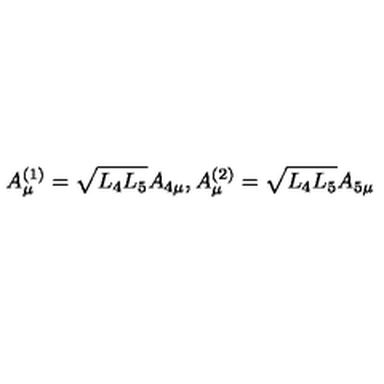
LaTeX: A _ { \mu } ^ { ( 1 ) } = \sqrt { L _ { 4 } L _ { 5 } } A _ { 4 \mu } , A _ { \mu } ^ { ( 2 ) } = \sqrt { L _ { 4 } L _ { 5 } } A _ { 5 \mu }